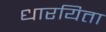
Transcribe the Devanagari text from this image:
धारयिता